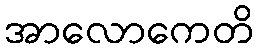
အာလောကေတိ